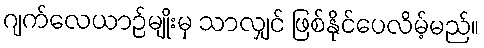
ဂျက်လေယာဉ်မျိုးမှ သာလျှင် ဖြစ်နိုင်ပေလိမ့်မည်။